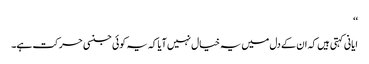
‘‘
ایانی کہتی ہیں کہ ان کے دل میں یہ خیال نہیں آیا کہ یہ کوئی جنسی حرکت ہے۔